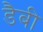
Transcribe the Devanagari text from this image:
डैबी